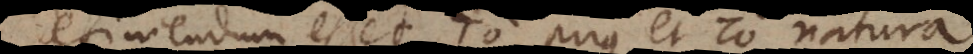
definiendum esset το prius et το natura.